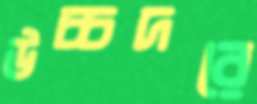
উচ্চদরে